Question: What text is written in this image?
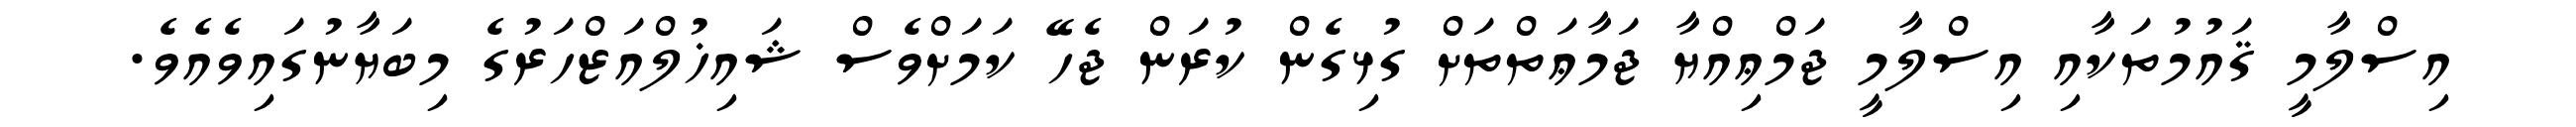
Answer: އިސްލާމީ ޤައުމުތަކާއި އިސްލާމީ ޖަމްޢިއްޔާ ޖަމާޢަތްތަށް ގުޅިގެން ކުރަން ޖެހޭ ކަމަށްވެސް ޝައިޚުލްއަޒްހަރުގެ މިބަޔާނުގައިވެއެވެ.